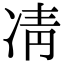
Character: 凊